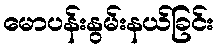
မောပန်းနွမ်းနယ်ခြင်း